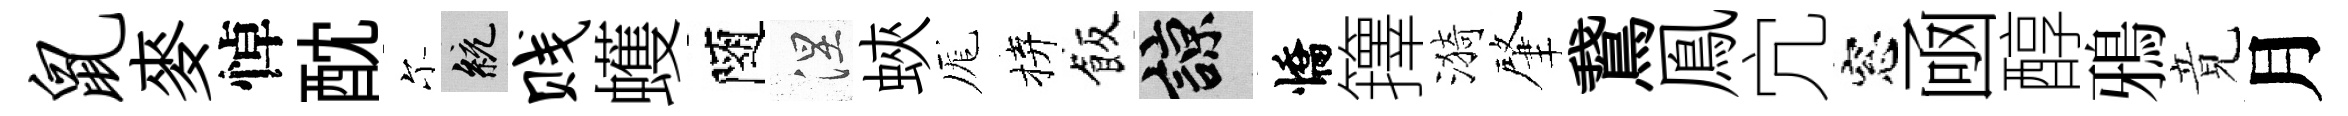
鼠麥悼酖尓統贱蠖隨涅蛺厖拚飯諒憍籜漪肇鵞鳯宂窓凾醇鴉竟月